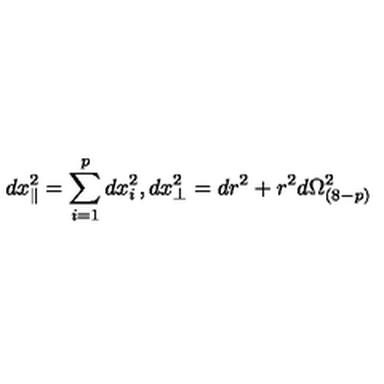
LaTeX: d x _ { \parallel } ^ { 2 } = \sum _ { i = 1 } ^ { p } d x _ { i } ^ { 2 } , d x _ { \perp } ^ { 2 } = d r ^ { 2 } + r ^ { 2 } d \Omega _ { ( 8 - p ) } ^ { 2 }